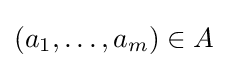
(a_{1},\ldots ,a_{m})\in A